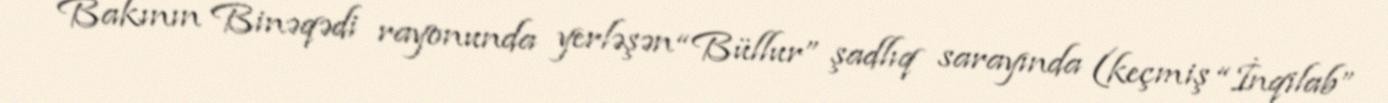
Bakının Binəqədi rayonunda yerləşən “Büllur” şadlıq sarayında (keçmiş “İnqilab”